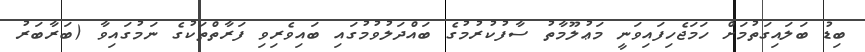
ބިޑު ބަލައިގަތުމަށް ހަމަޖެހިފައިވަނީ މަޢުލޫމާތު ސާފުކުރުމުގެ ބައްދަލުވުމުގައި ބައިވެރިވި ފަރާތްތަކުގެ ނަމުގައިވާ (ބަރާބަރު